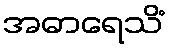
အဓာရေသိံ